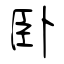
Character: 卧